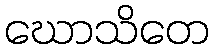
ဃောသိတေ